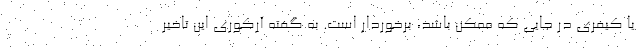
یا کیفری در جایی که ممکن باشد، برخوردار است. به گفته آرکوری این تاخیر